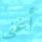
أغنى